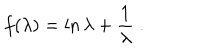
LaTeX: f ( \lambda ) = \ln \lambda + \frac 1 \lambda \; .